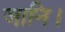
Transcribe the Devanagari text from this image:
जानि।